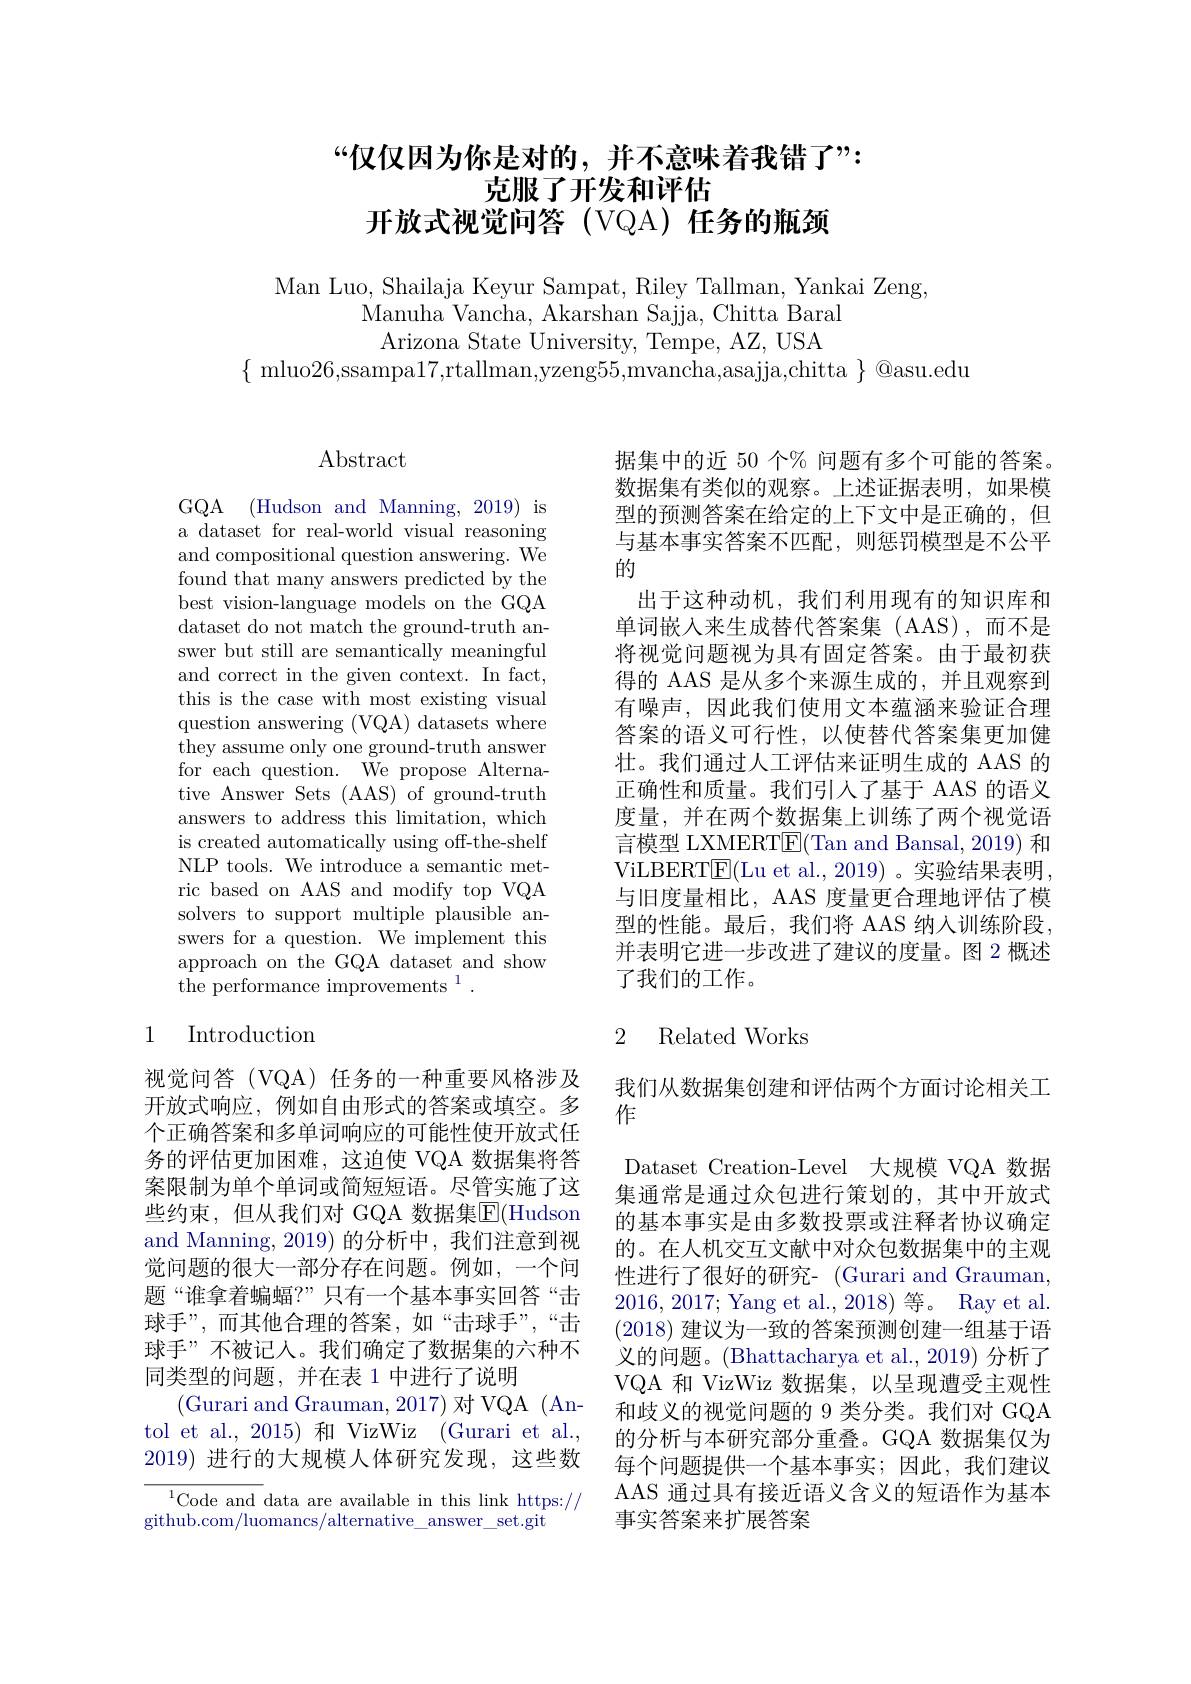
# “仅仅因为你是对的，并不意味着我错了”: 克服了开发和评估开放式视觉问答 (VQA) 任务的瓶颈

Man Luo, Shailaja Keyur Sampat, Riley Tallman, Yankai Zeng,
Manuha Vancha, Akarshan Sajja, Chitta Baral
Arizona State University, Tempe, AZ, USA
$\{$ mluo26,ssampa17,rtallman,yzeng55,mvancha,asajja,chitta $\}$ @asu.edu

$\operatorname{Abstract}$

GQA (Hudson and Manning, 2019) is a dataset for real-world visual reasoning and compositional question answering. We found that many answers predicted by the best vision-language models on the GQA dataset do not match the ground-truth answer but still are semantically meaningful and correct in the given context. In fact, this is the case with most existing visual question answering (VQA) datasets where they assume only one ground-truth answer for each question. We propose Alternative Answer Sets (AAS) of ground-truth answers to address this limitation, which is created automatically using off-the-shelf NLP tools. We introduce a semantic metric based on AAS and modify top VQA solvers to support multiple plausible answers for a question. We implement this approach on the GQA dataset and show ${\mathrm{the~performance~improvements}}^{1}.$

## 1 Introduction

视觉问答(VQA)任务的一种重要风格涉及开放式响应，例如自由形式的答案或填空。多个正确答案和多单词响应的可能性使开放式任务的评估更加困难，这迫使 VQA 数据集将答案限制为单个单词或简短短语。尽管实施了这些约束，但从我们对 GQA 数据集$\overline{\mathrm{E}}($Hudson and Manning, 2019) 的分析中，我们注意到视觉问题的很大一部分存在问题。例如，一个问题“谁拿着蝙蝠？”只有一个基本事实回答“击球手”,而其他合理的答案，如“击球手”,“击球手”不被记人。我们确定了数据集的六种不同类型的问题，并在表 1 中进行了说明
(Gurari and Grauman, 2017) 对 VQA (Antol et al., 2015) 和 VizWiz (Gurari et al., 2019) 进行的大规模人体研究发现，这些数

$^{1}$Code and data are available in this link https://
github.com/luomancs/alternative\_answer\_set.git

据集中的近 50 个% 问题有多个可能的答案。数据集有类似的观察。上述证据表明，如果模型的预测答案在给定的上下文中是正确的，但与基本事实答案不匹配，则惩罚模型是不公平的
出于这种动机，我们利用现有的知识库和单词嵌入来生成替代答案集(AAS),而不是将视觉问题视为具有固定答案。由于最初获得的 AAS 是从多个来源生成的，并且观察到有噪声，因此我们使用文本蕴涵来验证合理答案的语义可行性，以使替代答案集更加健壮。我们通过人工评估来证明生成的 AAS 的正确性和质量。我们引入了基于 AAS 的语义度量，并在两个数据集上训练了两个视觉语言模型 LXMERT$\overline {\mathrm{F} }$( $\text{Tan and Bansal, 2019) 和 }$ ViLBERT$\boxed{\mathrm{F}}($Lu et al.,2019)。实验结果表明. 与旧度量相比，AAS 度量更合理地评估了模型的性能。最后，我们将 AAS 纳人训练阶段， 并表明它进一步改进了建议的度量。图 2 概述了我们的工作。

## 2 Related Works

我们从数据集创建和评估两个方面讨论相关工
作

Dataset Creation-Level 大规模 VQA 数据集通常是通过众包进行策划的，其中开放式的基本事实是由多数投票或注释者协议确定的。在人机交互文献中对众包数据集中的主观性进行了很好的研究- (Gurari and Grauman, 2016,2017; Yang et al.,2018)等。Ray et al. (2018)建议为一致的答案预测创建一组基于语义的问题。(Bhattacharya et al.,2019) 分析了VQA 和 VizWiz 数据集，以呈现遭受主观性和歧义的视觉问题的 9 类分类。我们对 GQA 的分析与本研究部分重叠。GQA 数据集仅为每个问题提供一个基本事实；因此，我们建议AAS 通过具有接近语义含义的短语作为基本事实答案来扩展答案